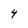
Character: 4